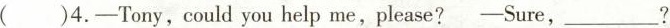
( )4.—Tony,could you help me,please? —Sure,___?